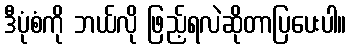
ဒီပုံစံကို ဘယ်လို ဖြည့်ရလဲဆိုတာပြပေးပါ။